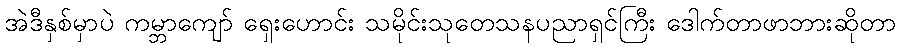
အဲဒီနှစ်မှာပဲ ကမ္ဘာကျော် ရှေးဟောင်း သမိုင်းသုတေသနပညာရှင်ကြီး ဒေါက်တာဖာဘားဆိုတာ